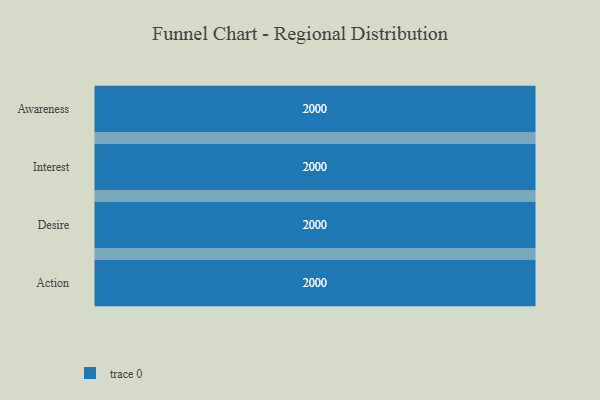
{"axis": {"x": "Stage", "y": "Value"}, "legend": [""], "data": [{"x": "Awareness", "y": 2000, "type": ""}, {"x": "Interest", "y": 2000, "type": ""}, {"x": "Desire", "y": 2000, "type": ""}, {"x": "Action", "y": 2000, "type": ""}]}